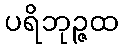
ပရိဘုဉ္ဇထ